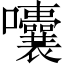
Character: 囔